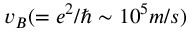
v _ { B } ( = e ^ { 2 } / \hbar \sim 1 0 ^ { 5 } m / s )